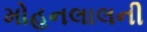
મોહનલાલની